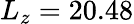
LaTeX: L_{z}=20.48